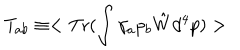
LaTeX: T _ { a b } \equiv < \mathrm { T r } ( \int \gamma _ { a } p _ { b } \hat { W } d ^ { 4 } p ) >